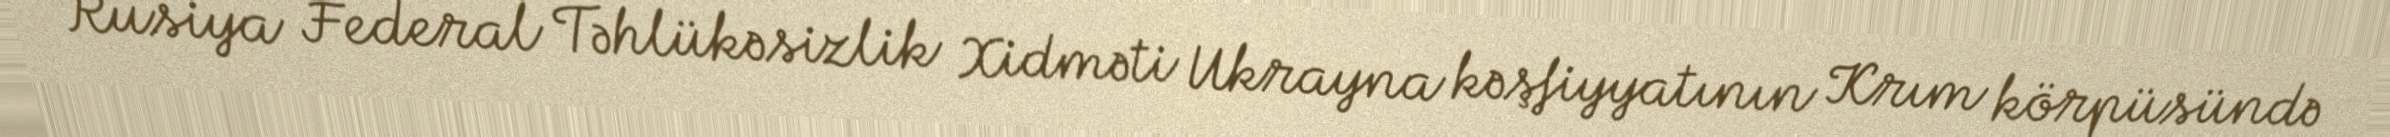
Rusiya Federal Təhlükəsizlik Xidməti Ukrayna kəşfiyyatının Krım körpüsündə